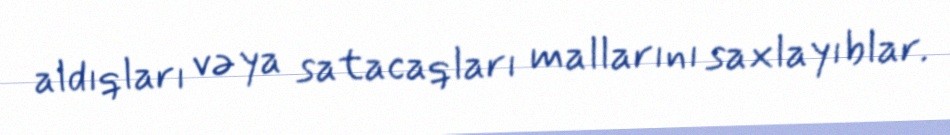
aldıqları və ya satacaqları mallarını saxlayıblar.